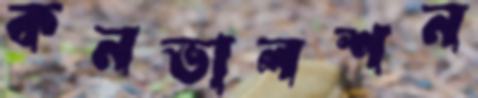
কনভালশন